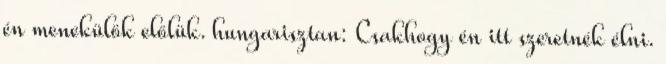
én menekülök előlük. hungarisztan: Csakhogy én itt szeretnék élni.